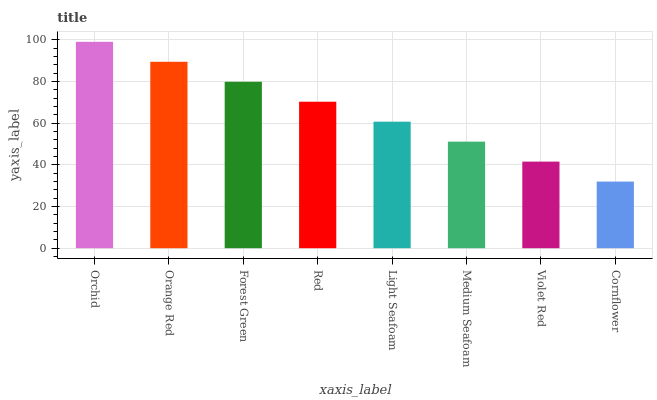
| xaxis_label | bars |
 | --- | --- |
 | Orchid | 99 |
 | Orange Red | 89.4 |
 | Forest Green | 79.8 |
 | Red | 70.3 |
 | Light Seafoam | 60.7 |
 | Medium Seafoam | 51.1 |
 | Violet Red | 41.5 |
 | Cornflower | 32 |